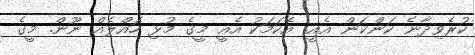
ކުރެވިދާނެ ކަންކަން އެއީ. އެކަމަކު އެއީ މީގެ މުޅި ހައްލެއް ނޫން. މީގެ